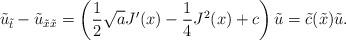
LaTeX: \begin{align*}\tilde{u}_{\tilde{t}}-\tilde{u}_{\tilde{x}\tilde{x}}=\left(\frac{1}{2}\sqrt{a}J'(x)-\frac{1}{4}J^2(x)+c\right)\tilde{u}=\tilde{c}(\tilde{x})\tilde{u}.\end{align*}